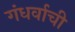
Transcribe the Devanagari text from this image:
गंधर्वाची